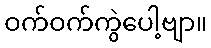
ဝက်ဝက်ကွဲပေါ့ဗျာ။